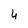
Character: 4